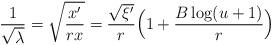
LaTeX: \begin{align*}\frac{1}{\sqrt{\lambda}}=\sqrt{\frac{x'}{rx}}=\frac{\sqrt{\xi'}}{r}\Big(1+\frac{B\log (u+1)}{r}\Big)\end{align*}